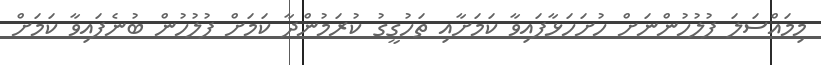
މިމައްސަލަ ފުލުހުންނަށް ހުށަހަޅާފައިވާ ކަމަށާއި ތަހުގީގު ކުރަމުންދާ ކަމަށް ފުލުހުން ބުނެފައިވާ ކަމަށް